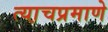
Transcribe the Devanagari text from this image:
त्या़चप्रमाणे